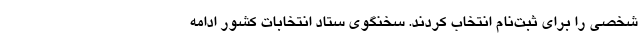
شخصی را برای ثبت‌نام انتخاب کردند. سخنگوی ستاد انتخابات کشور ادامه